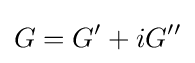
G=G'+iG''